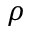
\rho